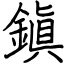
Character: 鎭